Calcutta medical institutions reports 1879-81 [i.e.91]
Year: 1879
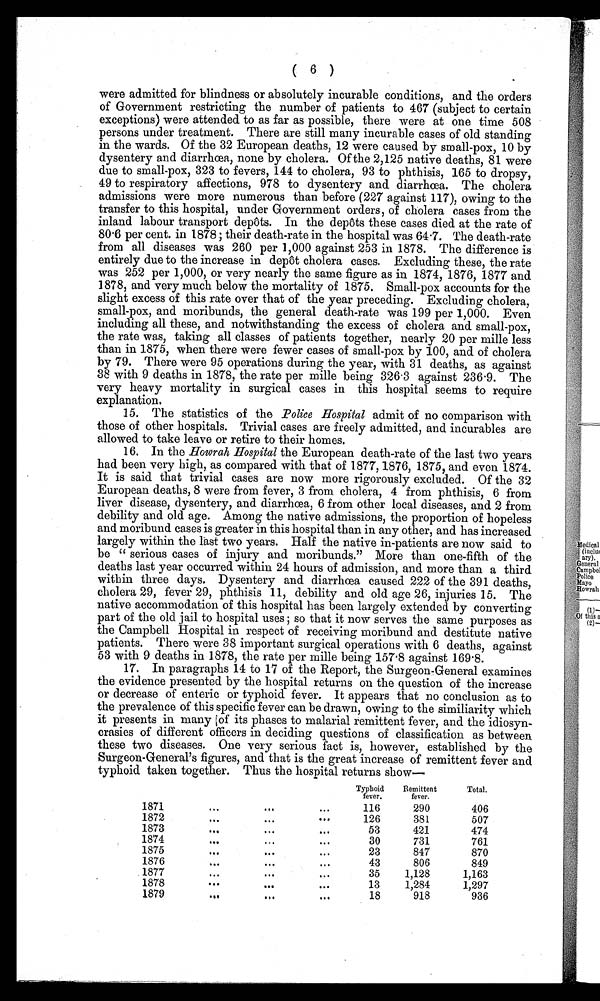
( 6 )
were admitted for blindness or absolutely incurable conditions, and the orders
of Government restricting the number of patients to 467 (subject to certain
exceptions) were attended to as far as possible, there were at one time 508
persons under treatment. There are still many incurable cases of old standing
in the wards. Of the 32 European deaths, 12 were caused by small-pox, 10 by
dysentery and diarrhœa, none by cholera. Of the 2,125 native deaths, 81 were
due to small-pox, 323 to fevers, 144 to cholera, 93 to phthisis, 165 to dropsy,
49 to respiratory affections, 978 to dysentery and diarrhœa. The cholera
admissions were more numerous than before (227 against 117), owing to the
transfer to this hospital, under Government orders, of cholera cases from the
inland labour transport depôts. In the depôts these cases died at the rate of
80.6 per cent in 1878; their death-rate in the hospital was 64.7. The death-rate
from all diseases was 260 per 1,000 against 253 in 1878. The difference is
entirely due to the increase in depôt cholera cases. Excluding these, the rate
was 252 per 1,000, or very nearly the same figure as in 1874, 1876, 1877 and
1878, and very much below the mortality of 1875. Small-pox accounts for the
slight excess of this rate over that of the year preceding. Excluding cholera,
small-pox, and moribunds, the general death-rate was 199 per 1,000. Even
including all these, and notwithstanding the excess of cholera and small-pox,
the rate was, taking all classes of patients together, nearly 20 per mille less
than in 1875, when there were fewer cases of small-pox by 100, and of cholera
by 79. There were 95 operations during the year, with 31 deaths, as against
38 with 9 deaths in 1878, the rate per mille being 326.3 against 236.9. The
very heavy mortality in surgical cases in this hospital seems to require
explanation.
15. The statistics of the Police Hospital admit of no comparison with
those of other hospitals. Trivial cases are freely admitted, and incurables are
allowed to take leave or retire to their homes.
16. In the Howrah Hospital the European death-rate of the last two years
had been very high, as compared with that of 1877, 1876, 1875, and even 1874.
It is said that trivial cases are now more rigorously excluded. Of the 32
European deaths, 8 were from fever, 3 from cholera, 4 from phthisis, 6 from
liver disease, dysentery, and diarrhœa, 6 from other local diseases, and 2 from
debility and old age. Among the native admissions, the proportion of hopeless
and moribund cases is greater in this hospital than in any other, and has increased
largely within the last two years. Half the native in-patients are now said to
be "serious cases of injury and moribunds." More than one-fifth of the
deaths last year occurred within 24 hours of admission, and more than a third
within three days. Dysentery and diarrhœa caused 222 of the 391 deaths,
cholera 29, fever 29, phthisis 11, debility and old age 26, injuries 15. The
native accommodation of this hospital has been largely extended by converting
part of the old jail to hospital uses; so that it now serves the same purposes as
the Campbell Hospital in respect of receiving moribund and destitute native
patients. There were 38 important surgical operations with 6 deaths, against
53 with 9 deaths in 1 878, the rate per mille being 157.8 against 169.8.
17. In paragraphs 14 to 17 of the Report, the Surgeon-General examines
the evidence presented by the hospital returns on the question of the increase
or decrease of enteric or typhoid fever. It appears that no conclusion as to
the prevalence of this specific fever can be drawn, owing to the similiarity which
it presents in many (of its phases to malarial remittent fever, and the idiosyn-
crasies of different officers in deciding questions of classification as between
these two diseases. One very serious fact is, however, established by the
Surgeon-General's figures, and that is the great increase of remittent fever and
typhoid taken together. Thus the hospital returns show
—
Typhoid
fever.
Remittent
fever.
Total.
1871
116
290
406
1872
126
381
507
1873
53
421
474
1874
30
731
761
1875
23
847
870
1876
43
806
849
1877
35
1,128
1,163
1878
13
1,284
1,297
1879
18
918
936